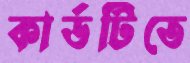
কার্ডটিতে